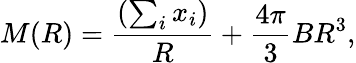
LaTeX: M(R)=\frac{(\sum_{i}x_{i})}R+\frac{4\pi}3BR^{3},